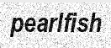
pearlfish